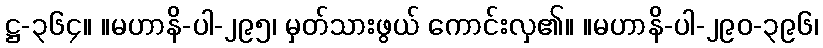
ဋ္ဌ-၃၆၄။ ။မဟာနိ-ပါ-၂၉၅၊ မှတ်သားဖွယ် ကောင်းလှ၏။ ။မဟာနိ-ပါ-၂၉၀-၃၉၆၊